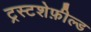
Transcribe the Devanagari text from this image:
ट्रस्टशेफ़ील्ड